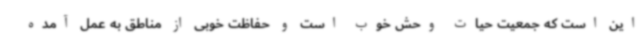
این است که جمعیت حیات وحش خوب است و حفاظت خوبی از مناطق به عمل آمده